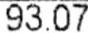
93.07